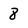
Character: 8